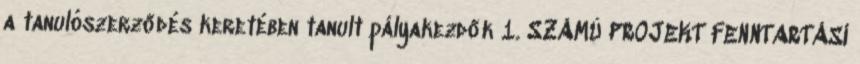
a tanulószerződés keretében tanult pályakezdők 1. SZÁMÚ PROJEKT FENNTARTÁSI